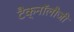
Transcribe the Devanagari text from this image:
टैक्नॉलौजी